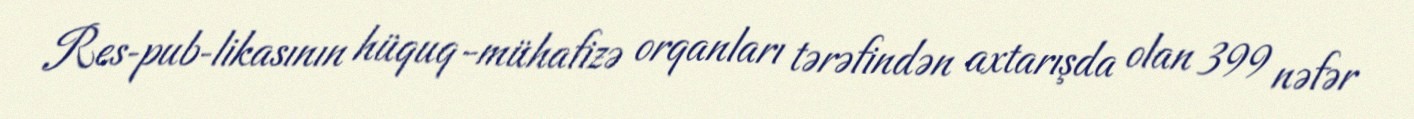
Res­pub­likasının hüquq-mühafizə orqanları tərəfindən axtarışda olan 399 nəfər